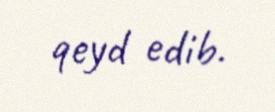
qeyd edib.